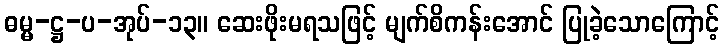
ဓမ္မ-ဋ္ဌ-ပ-အုပ်-၁၃။ ဆေးဖိုးမရသဖြင့် မျက်စိကန်းအောင် ပြုခဲ့သောကြောင့်